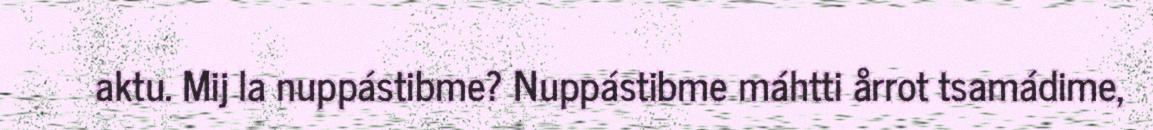
aktu. Mij la nuppástibme? Nuppástibme máhtti årrot tsamádime,